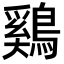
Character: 鷄